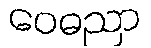
ဝေဓညာ